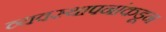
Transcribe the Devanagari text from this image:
व्यवस्थापनांकडून